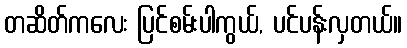
တဆိတ်ကလေး ပြင်စမ်းပါကွယ်, ပင်ပန်းလှတယ်။